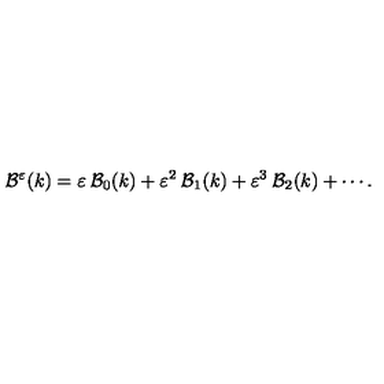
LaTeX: { \cal { B } } ^ { \varepsilon } ( k ) = \varepsilon \: { \cal { B } } _ { 0 } ( k ) + \varepsilon ^ { 2 } \: { \cal { B } } _ { 1 } ( k ) + \varepsilon ^ { 3 } \: { \cal { B } } _ { 2 } ( k ) + \cdots .